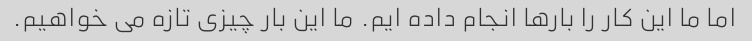
اما ما این کار را بارها انجام داده ایم. ما این بار چیزی تازه می خواهیم.